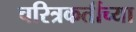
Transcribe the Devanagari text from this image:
चरित्रकर्तीच्या